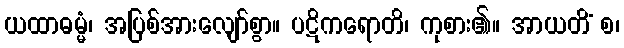
ယထာဓမ္မံ၊ အပြစ်အားလျော်စွာ။ ပဋိကရောတိ၊ ကုစား၏။ အာယတိံ စ၊